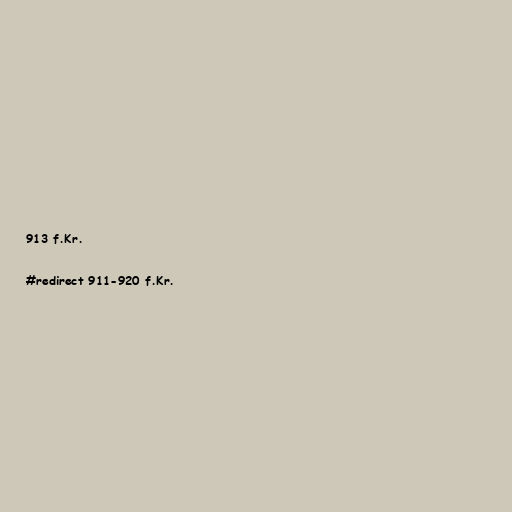
913 f.Kr.

#redirect 911-920 f.Kr.